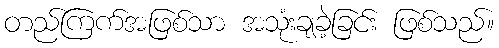
တည်ကြက်အဖြစ်သာ အသုံးချခဲ့ခြင်း ဖြစ်သည်။